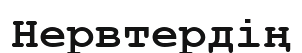
Нервтердің